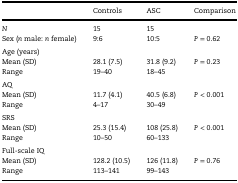
<table><thead><tr><td></td><td><b>Controls</b></td><td><b>ASC</b></td><td><b>Comparison</b></td></tr></thead><tbody><tr><td><i>N</i></td><td>15</td><td>15</td><td></td></tr><tr><td>Sex (<i>n</i> male: <i>n</i> female)</td><td>9:6</td><td>10:5</td><td><i>P </i>= 0.62</td></tr><tr><td>Age (years)</td><td></td><td></td><td></td></tr><tr><td>Mean (SD)</td><td>28.1 (7.5)</td><td>31.8 (9.2)</td><td><i>P </i>= 0.23</td></tr><tr><td>Range</td><td>19–40</td><td>18–45</td><td></td></tr><tr><td>AQ</td><td></td><td></td><td></td></tr><tr><td>Mean (SD)</td><td>11.7 (4.1)</td><td>40.5 (6.8)</td><td><i>P </i>&lt; 0.001</td></tr><tr><td>Range</td><td>4–17</td><td>30–49</td><td></td></tr><tr><td>SRS</td><td></td><td></td><td></td></tr><tr><td>Mean (SD)</td><td>25.3 (15.4)</td><td>108 (25.8)</td><td><i>P </i>&lt; 0.001</td></tr><tr><td>Range</td><td>10–50</td><td>60–133</td><td></td></tr><tr><td>Full-scale IQ</td><td></td><td></td><td></td></tr><tr><td>Mean (SD)</td><td>128.2 (10.5)</td><td>126 (11.8)</td><td><i>P </i>= 0.76</td></tr><tr><td>Range</td><td>113–141</td><td>99–143</td><td></td></tr></tbody></table>